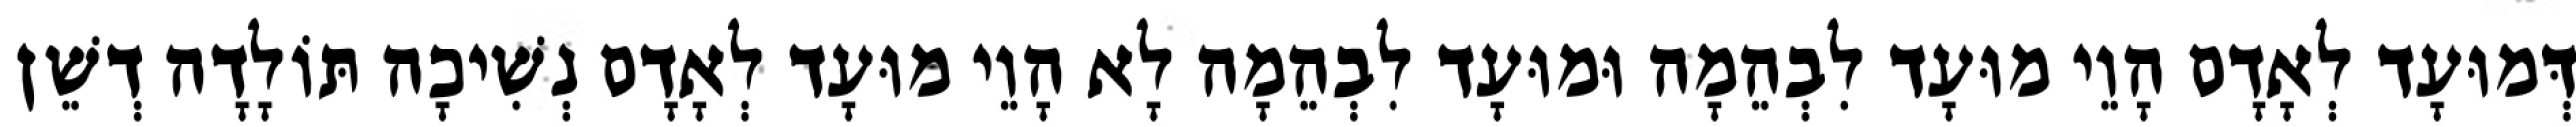
דְּמוּעָד לְאָדָם הָוֵי מוּעָד לִבְהֵמָה וּמוּעָד לִבְהֵמָה לָא הָוֵי מוּעָד לְאָדָם נְשִׁיכָה תּוֹלָדָה דְשֵׁן